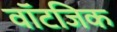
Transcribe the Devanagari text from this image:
वॉटजिक